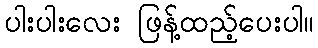
ပါးပါးလေး ဖြန့်ထည့်ပေးပါ။